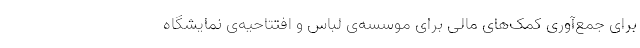
برای جمع‌آوری کمک‌های مالی برای موسسه‌ی لباس و افتتاحیه‌ی نمایشگاه